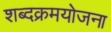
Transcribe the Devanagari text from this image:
शब्दक्रमयोजना